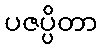
ပဇပ္ပိတာ